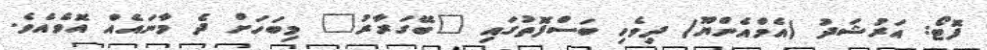
ފޮޓޯ: އަރުޝަދު (އެމްއެންޔޫ) ދިވެހި ބަސްފޮތުގައި "ބޭގަރާރު" މިބަހަށް ދެ މާނައެއް އޮވެއެވެ.